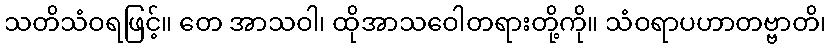
သတိသံဝရဖြင့်။ တေ အာသဝါ၊ ထိုအာသဝေါတရားတို့ကို။ သံဝရာပဟာတဗ္ဗာတိ၊